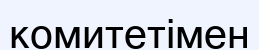
комитетімен